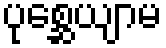
ပုစ္ဆေယျာမ